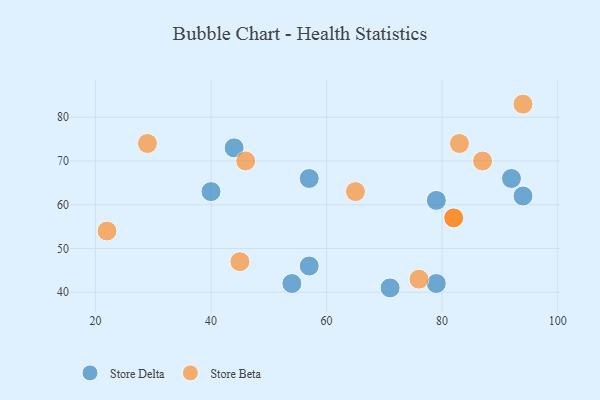
{"axis": {"x": "GDP", "y": "Life Expectancy"}, "legend": ["Store Beta", "Store Delta"], "data": [{"x": "57", "y": 46, "type": "Store Delta"}, {"x": "79", "y": 42, "type": "Store Delta"}, {"x": "71", "y": 41, "type": "Store Delta"}, {"x": "94", "y": 62, "type": "Store Delta"}, {"x": "54", "y": 42, "type": "Store Delta"}, {"x": "92", "y": 66, "type": "Store Delta"}, {"x": "79", "y": 61, "type": "Store Delta"}, {"x": "57", "y": 66, "type": "Store Delta"}, {"x": "44", "y": 73, "type": "Store Delta"}, {"x": "40", "y": 63, "type": "Store Delta"}, {"x": "45", "y": 47, "type": "Store Beta"}, {"x": "46", "y": 70, "type": "Store Beta"}, {"x": "94", "y": 83, "type": "Store Beta"}, {"x": "82", "y": 57, "type": "Store Beta"}, {"x": "22", "y": 54, "type": "Store Beta"}, {"x": "83", "y": 74, "type": "Store Beta"}, {"x": "29", "y": 74, "type": "Store Beta"}, {"x": "76", "y": 43, "type": "Store Beta"}, {"x": "65", "y": 63, "type": "Store Beta"}, {"x": "82", "y": 57, "type": "Store Beta"}, {"x": "87", "y": 70, "type": "Store Beta"}]}